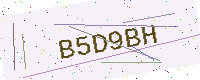
Text: B5D9BH